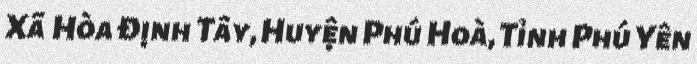
Xã Hòa Định Tây, Huyện Phú Hoà, Tỉnh Phú Yên